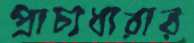
প্রাচ্যধারার